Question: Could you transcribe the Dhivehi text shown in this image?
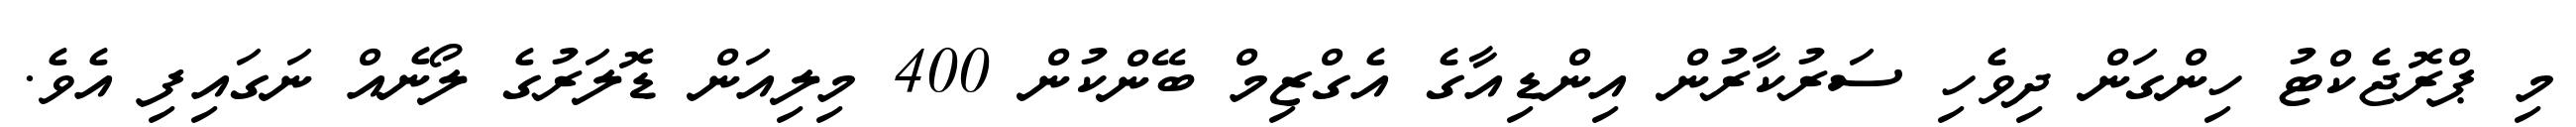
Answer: މި ޕްރޮޖެކްޓު ހިންގަން ދިވެހި ސަރުކާރުން އިންޑިއާގެ އެގްޒިމް ބޭންކުން 400 މިލިއަން ޑޮލަރުގެ ލޯނެއް ނަގައިފި އެވެ.